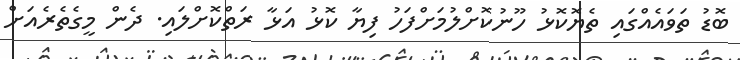
ބޮޑު ތަވައެއްގައި ތެޔޮކޮޅު ހޫނުކޮށްލުމަށްފަހު ފިޔާ ކޮޅު އަޅާ ރަތްކޮށްލައި. ދެން މީގެތެރެއަށް